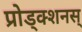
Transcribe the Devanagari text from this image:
प्रोड्क्शनस्